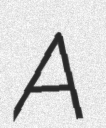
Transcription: A